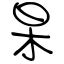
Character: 杲